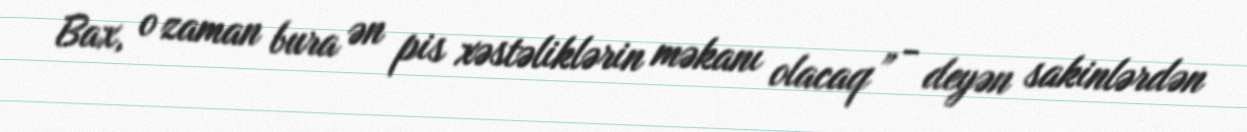
Bax, o zaman bura ən pis xəstəliklərin məkanı olacaq” - deyən sakinlərdən